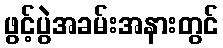
ဖွင့်ပွဲအခမ်းအနားတွင်